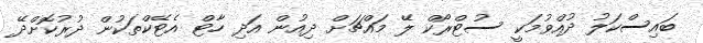
ބައިސްކަލު ދުއްވުމަކީ ސުޓްރޯކް ލޭ މައްޗަށް ދިއުން އަދި ހާޓް އެޓޭކްތަކުން ދުރުކޮށްދޭ